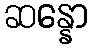
ဆန္နော